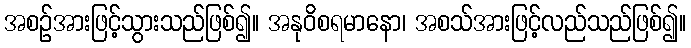
အစဉ်အားဖြင့်သွားသည်ဖြစ်၍။ အနုဝိစရမာနော၊ အစသ်အားဖြင့်လည်သည်ဖြစ်၍။